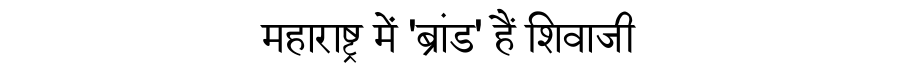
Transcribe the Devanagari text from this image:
महाराष्ट्र में 'ब्रांड' हैं शिवाजी